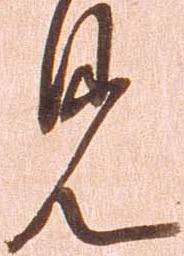
見